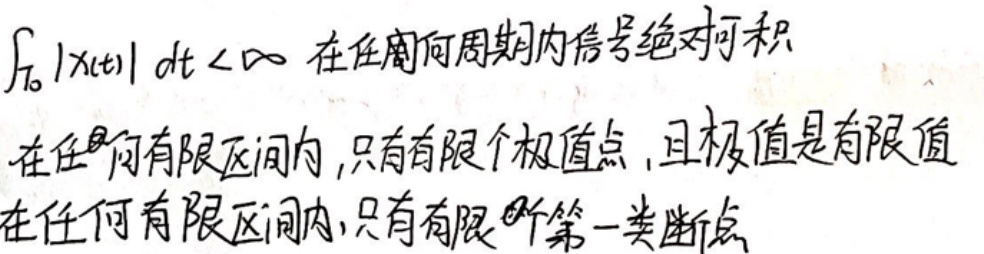
$\int_{T_0} |x(t)| \mathrm{d}t < \infty \quad $在任何周期内信号绝对可积\\
在任何有限区间内，只有有限个极值点，且极值是有限值\\
在任何有限区间内，只有有限个第一类断点